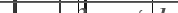
٣١